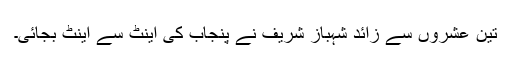
تین عشروں سے زائد شہباز شریف نے پنجاب کی اینٹ سے اینٹ بجائی۔